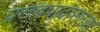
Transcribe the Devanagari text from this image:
प्रलंबपादासनात